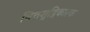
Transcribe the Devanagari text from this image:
चित्तशुद्धिकारक